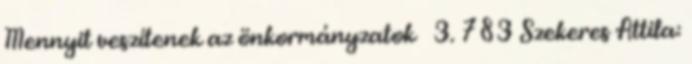
Mennyit veszítenek az önkormányzatok 3. 783 Szekeres Attila: